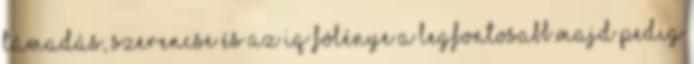
támadás, szerencse és az iq fölénye a legfontosabb.majd pedig